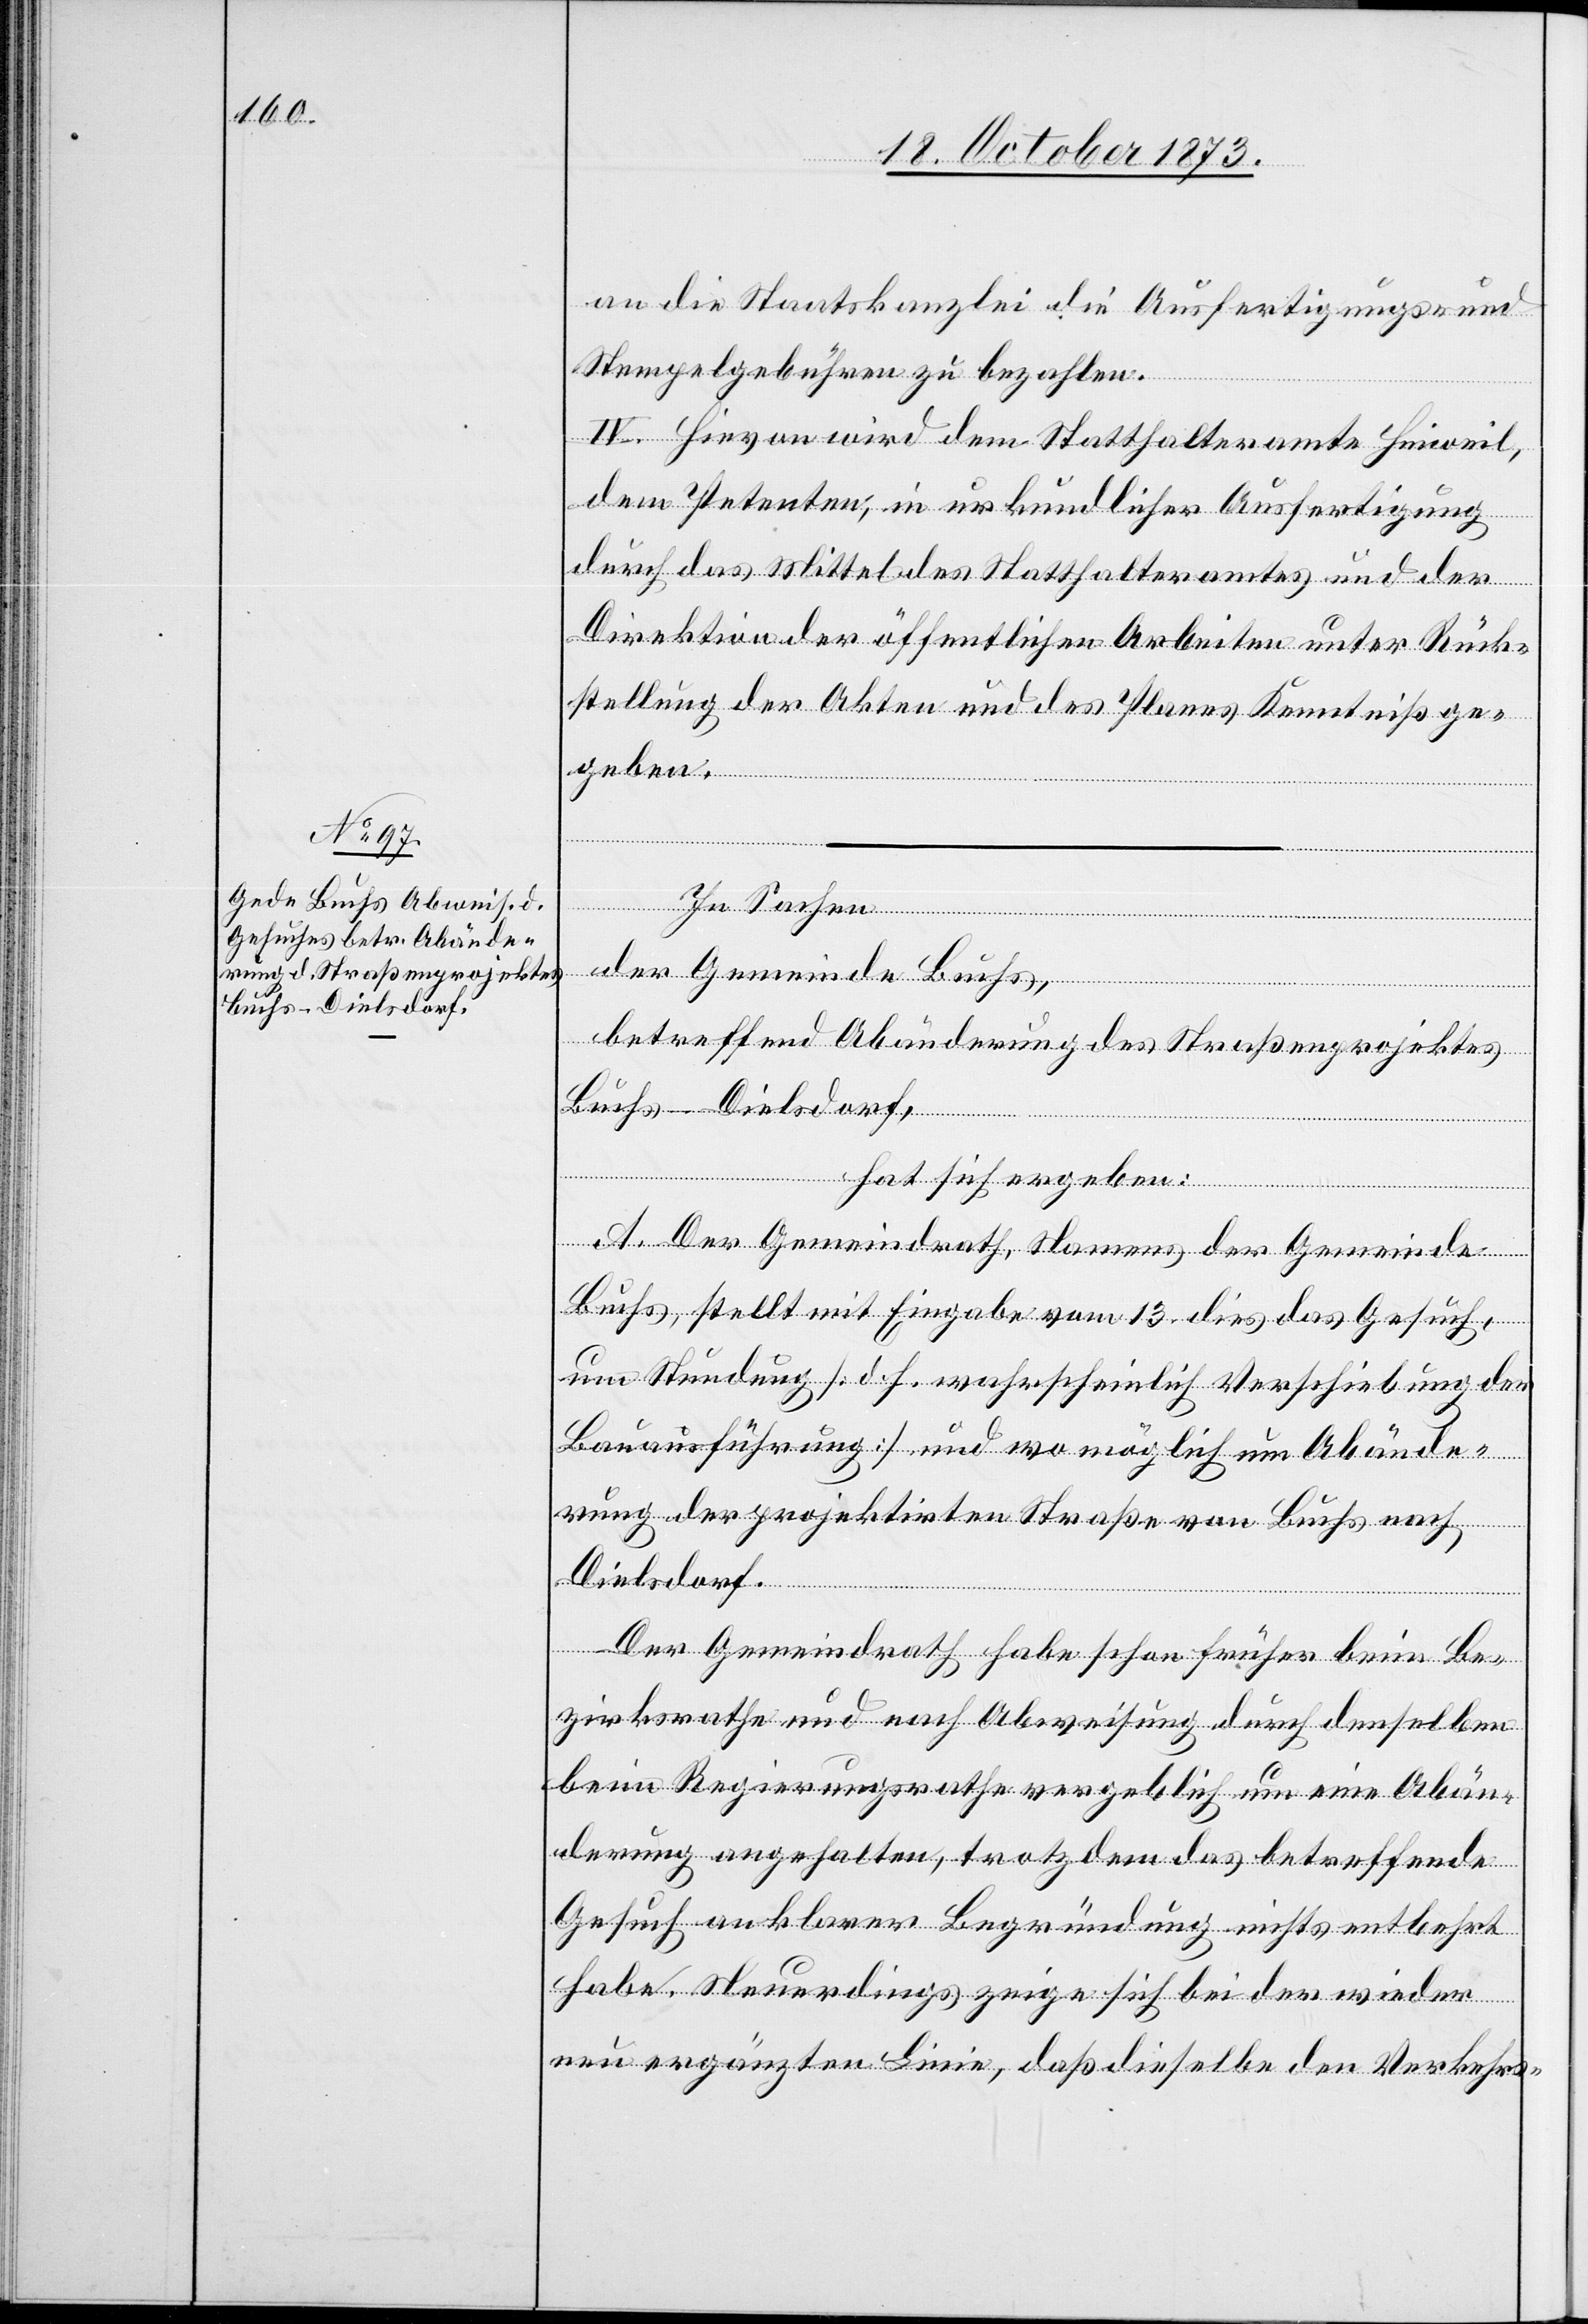
an die Staatskanzlei die Ausfertigungs- und
Stempelgebühren zu bezahlen.
IV. Hievon wird dem Statthalteramte Hinweil,
dem Petenten, in urkundlicher Ausfertigung
durch das Mittel des Statthalteramtes und der
Direktion der öffentlichen Arbeiten unter Rück¬
stellung der Akten und des Planes Kenntniß ge¬
geben.
In
der Gemeinde Buchs,
betreffend Abänderung des Straßenprojektes
Buchs–Dielsdorf,
Sachen
hat sich ergeben:
A. Der Gemeindrath, Namens der Gemeinde
Buchs, stellt mit Eingabe vom 13. dies das Gesuch,
um Stundung [d. h. wahrscheinlich Verschiebung der
Bauausführung] und wo möglich um Abände¬
rung der projektirten Straße von Buchs nach
Dielsdorf.
Der Gemeindrath habe schon früher beim Be¬
zirksrathe und nach Abweisung durch denselben
beim Regierungsrathe vergeblich um eine Abän¬
derung angehalten, trotzdem das betreffende
Gesuch an klarer Begründung nichts entbehrt
habe. Neuerdings zeige sich bei der wieder
neu ergänzten Linie, daß dieselbe den Verkehrs-